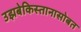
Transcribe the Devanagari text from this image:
उझबेकिस्तानासोबत